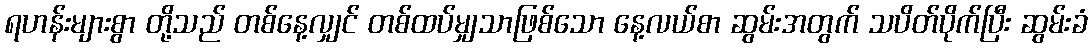
ရဟန်းများစွာ တို့သည် တစ်နေ့လျှင် တစ်ထပ်မျှသာဖြစ်သော နေ့လယ်စာ ဆွမ်းအတွက် သပိတ်ပိုက်ပြီး ဆွမ်းခံ